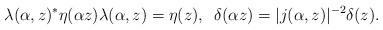
LaTeX: \begin{align*}\lambda(\alpha,z)^{\ast}\eta(\alpha z)\lambda(\alpha,z)=\eta(z),\,\,\,\delta(\alpha z)=|j(\alpha,z)|^{-2}\delta(z).\end{align*}